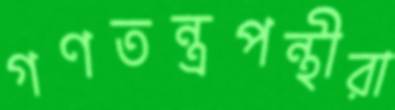
গণতন্ত্রপন্থীরা